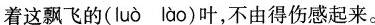
着这飘飞的( luò lào )叶，不由得伤感起来。